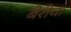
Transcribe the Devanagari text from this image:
बेरीचा